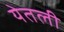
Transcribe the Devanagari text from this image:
येतली